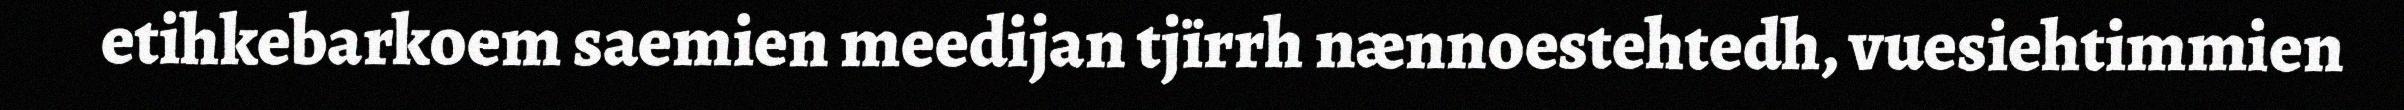
etihkebarkoem saemien meedijan tjïrrh nænnoestehtedh, vuesiehtimmien